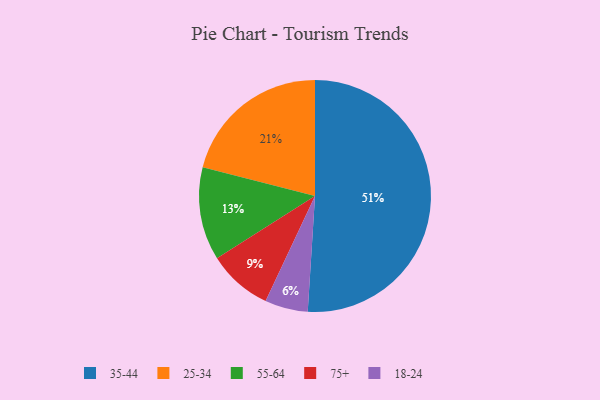
{"axis": {"x": "Category", "y": "Percentage"}, "legend": ["18-24", "25-34", "35-44", "55-64", "75+"], "data": [{"x": "18-24", "y": 6, "type": "18-24"}, {"x": "75+", "y": 9, "type": "75+"}, {"x": "25-34", "y": 21, "type": "25-34"}, {"x": "55-64", "y": 13, "type": "55-64"}, {"x": "35-44", "y": 51, "type": "35-44"}]}